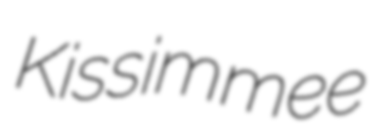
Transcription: Kissimmee